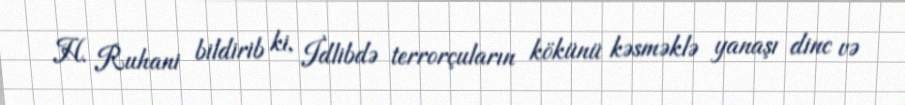
H. Ruhani bildirib ki, İdlibdə terrorçuların kökünü kəsməklə yanaşı dinc və